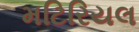
મટિરિયલ